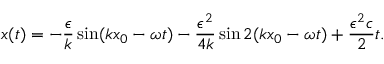
x ( t ) = - \frac { \epsilon } { k } \sin ( k x _ { 0 } - \omega t ) - \frac { \epsilon ^ { 2 } } { 4 k } \sin 2 ( k x _ { 0 } - \omega t ) + \frac { \epsilon ^ { 2 } c } { 2 } t .